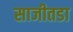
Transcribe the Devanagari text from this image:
साजीतडा